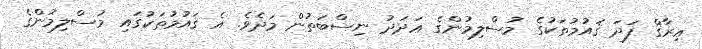
ޢިރާޤް ފަދަ ޤައުމުތަކުގެ މުސްލިމުންގެ ޢަދަދު ނިސްބަތުން މަދެވެ. އެ ޤައުމުތަކުގައި މުސްލިމުންގެ